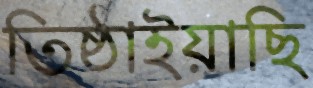
তিষ্ঠাইয়াছি